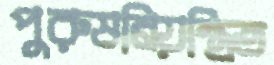
পুরুষনিয়ন্ত্রিত